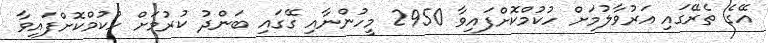
އޭގެ ތެރޭގައި އަރުވާލުމަށް ހުކުމްކޮށްފައިވާ 2950 މީހުންނާއި ގޭގައި ބަންދު ކުރުމަށް ހުކުމްކޮށްފައިވާ